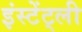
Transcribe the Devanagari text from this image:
इंस्टेंट्ली